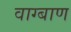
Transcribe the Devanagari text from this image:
वाग्बाण